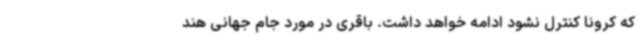
که کرونا کنترل نشود ادامه خواهد داشت. باقری در مورد جام جهانی هند